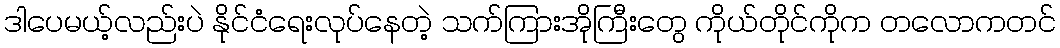
ဒါပေမယ့်လည်းပဲ နိုင်ငံရေးလုပ်နေတဲ့ သက်ကြားအိုကြီးတွေ ကိုယ်တိုင်ကိုက တလောကတင်